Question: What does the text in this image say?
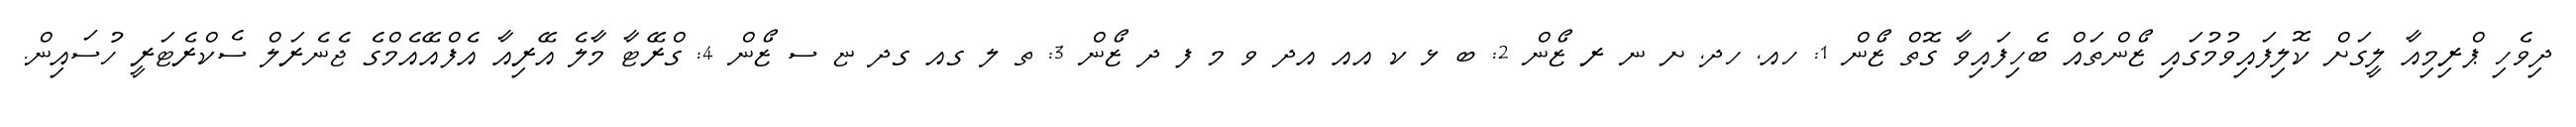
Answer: ދިވެހި ޕްރިމިއާ ލީގަށް ކޮލިފައިވުމުގައި ޒޯންތައް ބެހިފައިވާ ގޮތް ޒޯން 1: ހއ, ހދ, ށ ނ ރ ޒޯން 2: ބ ޅ ކ އއ އދ ވ މ ފ ދ ޒޯން 3: ތ ލ ގއ ގދ ޏ ސ ޒޯން 4: ގްރޭޓާ މާލެ އޭރިއާ އެފްއޭއެމްގެ ޖެނެރަލް ސެކްރެޓަރީ ހުސައިން.